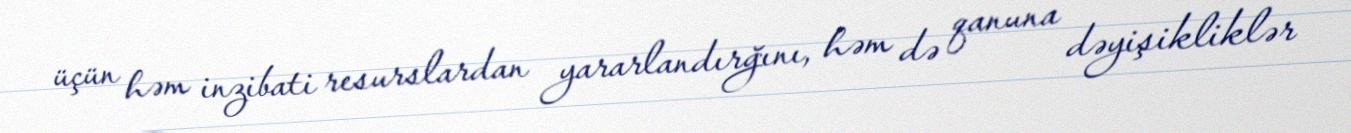
üçün həm inzibati resurslardan yararlandırğını, həm də qanuna dəyişikliklər